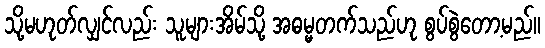
သို့မဟုတ်လျှင်လည်း သူများအိမ်သို့ အဓမ္မတက်သည်ဟု စွပ်စွဲတော့မည်။